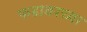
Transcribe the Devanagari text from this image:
फडावरच्या